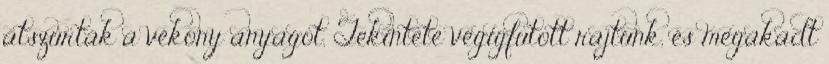
átszúrták a vékony anyagot. Tekintete végigfutott rajtunk, és megakadt